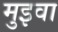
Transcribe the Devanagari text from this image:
मुइवा